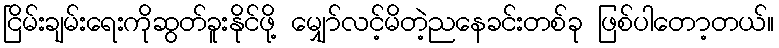
ငြိမ်းချမ်းရေးကိုဆွတ်ခူးနိုင်ဖို့ မျှော်လင့်မိတဲ့ညနေခင်းတစ်ခု ဖြစ်ပါတော့တယ်။